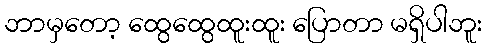
ဘာမှတော့ ထွေထွေထူးထူး ပြောတာ မရှိပါဘူး